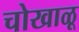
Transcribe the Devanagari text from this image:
चोखाळू